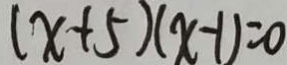
( x + 5 ) ( x - 1 ) = 0